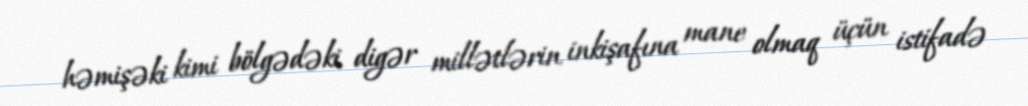
həmişəki kimi bölgədəki digər millətlərin inkişafına mane olmaq üçün istifadə